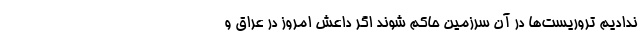
ندادیم تروریست‌ها در آن سرزمین حاکم شوند اگر داعش امروز در عراق و